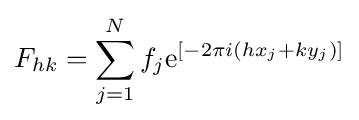
F_{hk}=\sum _{j=1}^{N}f_{j}\mathrm {e} ^{[-2\pi i(hx_{j}+ky_{j})]}